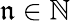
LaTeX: \mathfrak{n}\in\mathbb{{N}}